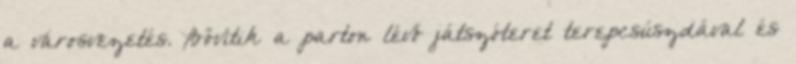
a városvezetés. Bővítik a parton lévő játszóteret terepcsúszdával és